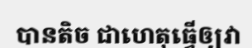
បានតិច ជាហេតុធ្វើឲ្យវា